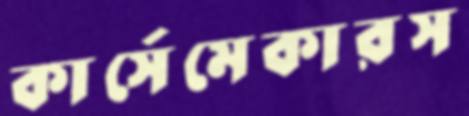
কার্সেমেকারস